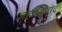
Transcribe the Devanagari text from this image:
जहानावाद